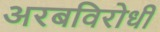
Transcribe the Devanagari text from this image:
अरबविरोधी